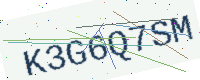
Text: K3G6Q7SM